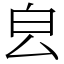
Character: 㿝